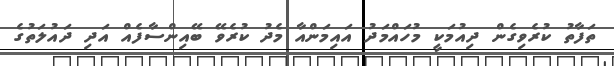
ތަފާތު ކުރެވިގެން ދިއުމަކީ މުހައްމަދު އައިމަންއާ މެދު ކުރެވޭ ބޭއިންސާފެއް އަދި ދައުލަތުގެ